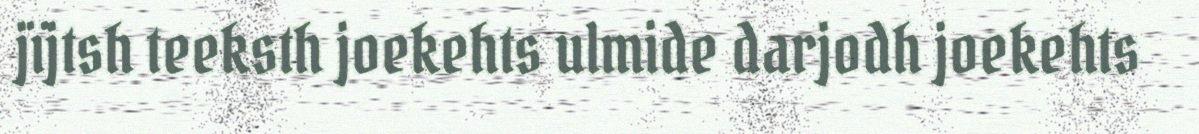
jïjtsh teeksth joekehts ulmide darjodh joekehts